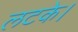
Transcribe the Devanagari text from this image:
लटके।